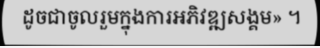
ដូចជាចូលរួមក្នុងការអភិវឌ្ឍសង្គម» ។